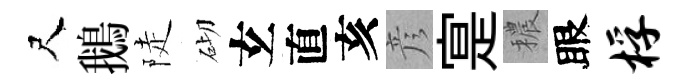
尺鵝陡砌𤣥直亥彦寔穠眼桴